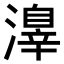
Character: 𣿒